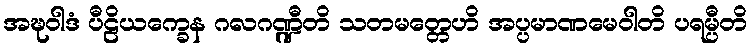
အဍ္ဎဝါဒံ ပီဠိယက္ခေန ဂလဂဏ္ဍီတိ သတမတ္တေဟိ အပ္ပမာဏမေဝါတိ ပရမ္ပီတိ